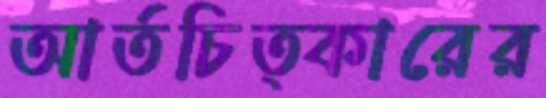
আর্তচিত্কারের